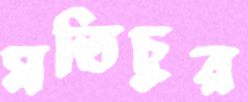
মতিচুর